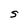
Character: S